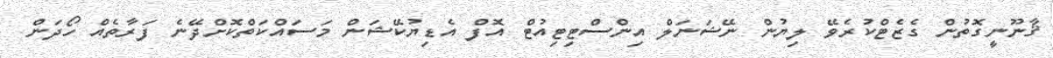
ޤާނޫނީގޮތުން ގެޒެޓްކުރެވޭ ލިޔުން ނޭޝަނަލް އިންސްޓިޓިއުޓް އޮފް އެޑިޔުކޭޝަން މަސައްކަތްކޮށްދޭނެ ފަރާތެއް ހޯދަން